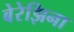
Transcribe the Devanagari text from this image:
बेरेझिना